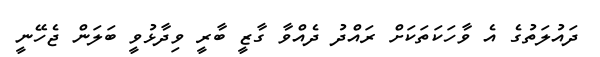
ދައުލަތުގެ އެ ވާހަކަތަކަށް ރައްދު ދެއްވާ ގާޒީ ބާރީ ވިދާޅުވީ ބަލަން ޖެހޭނީ